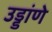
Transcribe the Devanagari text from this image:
उड्डांणे